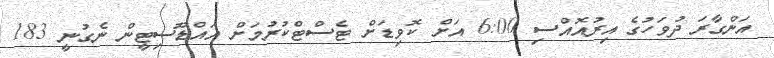
އަންގާރަ ދުވަހުގެ އިރުއޮއްސި 6:00 އަށް ކޮވިޑަށް ޓެސްޓްކުރުމަށް އައްޑޫސިޓީން ނެގުނީ 183